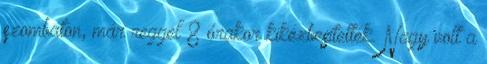
szombaton, már reggel 8 órakor kikézbesítették. Nagy volt a